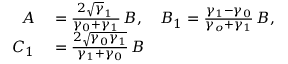
\begin{array} { r l } { A } & { { } = \frac { 2 \sqrt \gamma _ { 1 } \, } { \gamma _ { 0 } + \gamma _ { 1 } } \, B , \quad B _ { 1 } = \frac { \gamma _ { 1 } - \gamma _ { 0 } } { \gamma _ { o } + \gamma _ { 1 } } \, B , } \\ { C _ { 1 } } & { { } = \frac { 2 \sqrt { \gamma _ { 0 } \gamma _ { 1 } } } { \gamma _ { 1 } + \gamma _ { 0 } } \, B } \end{array}